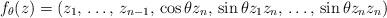
LaTeX: \begin{align*} f_\theta(z) = \left(z_1,\,\dots,\, z_{n-1},\, \cos\theta z_n, \,\sin\theta z_1z_n,\,\dots,\,\sin\theta z_nz_n\right) \end{align*}